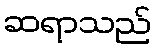
ဆရာသည်